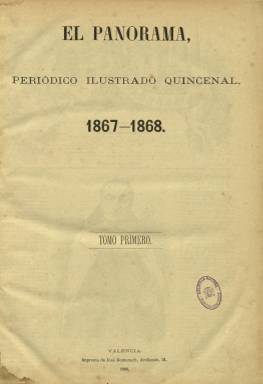
Título: El Panorama (Valencia)
Colección: Semanarios de amenidades
Ámbito geográfico: Valencia
Lugar de publicación: Valencia
Fechas: 15/01/1867-30/12/1869

Con el subtítulo “periódico ilustrado quincenal”, es considerado como el primer magazín de Las Provincias, el diario que había comenzado a publicarse el 31 de enero de 1866. La revista saldrá los días quince y treinta de cada mes, a partir del 15 de enero de 1867, en formato folio y con ocho páginas cada entrega, compuestas a tres columnas, como publicación ilustrada y pintoresca. De ella resaltan sus decenas de bellos grabados, entre retratos, vistas de lugares y monumentos, y sobre la actualidad, tanto política, deportiva, festiva, cultural o artística, como de otros acontecimientos informativos, como la inauguración del canal de Suez, destacando los dedicados a la Exposición de París, además de otros que reproducen obras pictóricas (de Velázquez o Rembrandt, entre otros), así como a modas (figurines), a tipos, escenas o a caricaturas de humor.

Su título queda incrustado en el grabado de su cabecera, y el resto de ilustraciones ocuparán la primera plana, en la que incluye el retrato de políticos, personajes de la realeza, escritores u otros personajes célebres, así como las dos centrales y la última, siendo algunas de gran tamaño, al ocupar la plana completa. Prácticamente dichos grabados carecen de autoría, aunque aparecen las firmas de Brel o Plancharín, o la de Valeriano Domínguez Bécquer, careciendo los humorísticos de cualquier tono satírico.

Comienza cada entrega con el texto de la biografía del personaje cuyo retrato inserta, y publica otros de carácter literario, histórico, científico, artístico o de viajes y costumbres, así como de creación literaria, como narraciones, cuentos, novelas, leyendas o composiciones poéticas (sonetos, madrigales, etc.), además de los descriptivos de sus grabados, que abarcarán tanto al panorama nacional como internacional, así como alguna traducción.

La revista será estampada en la Imprenta de José Domenech, que aparecerá también como editor responsable. Pero su dirección y redacción fue la misma que la del diario Las Provincias, y por tanto la primera corresponde al conservador regionalista Teodoro Llorente Olivares (1863-1911), que escribirá una serie bajo el epígrafe Los poetas italianos: estudios histórico-literarios, entre otros muchos; apareciendo las firmas, entre otras, de Bernardo López García, Luis García de Luna, R. Ferrer y Bigné, E. Florentino Sanz, A. García Gutiérrez, Federico Mendoza, Jacinto Labaila, Miguel Amat, Eduardo Saco, Félix Pizcueta, Carlos Cano, V. Balaguer, V. Barrantes, María Barberá y hasta de Antonio Trueba, Manuel Bretón de los Herreros, Fernán Caballero, Ángela Grassi o Robustiana Armiño de Cuesta.

De Pedro Antonio de Alarcón publica el texto Buena pesca (tradición aragonesa); bajo las iniciales J. de D., otro titulado Los españoles tales como eran en el siglo XVII; Navarro Villoslada el titulado Cantos vascuences primitivos, y J. Puiggari, otro histórico sobre el Monasterio de Poblet.

El primer tomo de la colección lo integran 48 números, con un total de 384 páginas, más otras dos con un índice, que corresponden a los publicados en 1867 y 1868. A partir de su tercer año, el quince de enero de 1869 reinicia la numeración de sus entregas y paginación. La colección de la Biblioteca Nacional de España llega hasta la entrega número 20, de 30 de diciembre de 1869, y página 192. Se conoce que alcanzó su publicación hasta la entrega número 96, del año 1870, aunque pudo seguir editándose hasta el de 1872.